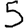
Digit: 5